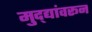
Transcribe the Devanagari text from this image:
मुद्द्यांवरून